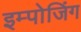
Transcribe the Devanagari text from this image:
इम्पोजिंग